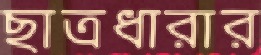
ছাত্রধারার